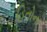
હિતોના